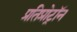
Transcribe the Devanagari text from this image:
प्रतिप्रोट्रॉन